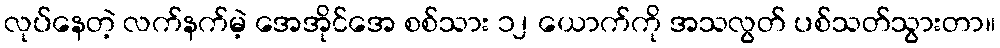
လုပ်နေတဲ့ လက်နက်မဲ့ အေအိုင်အေ စစ်သား ၁၂ ယောက်ကို အသလွတ် ပစ်သတ်သွားတာ။